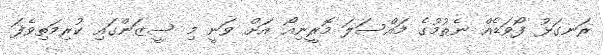
ރަނގަޅު ފޯވަޑެއް ނެތުމުގެ މައްސަލަ މޮރީނިއޯ އަށް ވަނީ މި ސީޒަންގައި ކުރިމަތިވެފަ